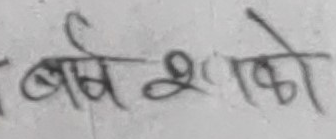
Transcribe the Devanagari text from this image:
बर्षशको